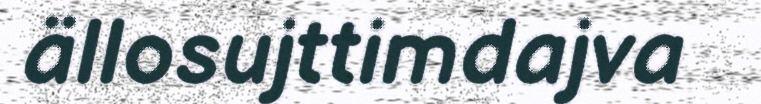
ällosujttimdajva